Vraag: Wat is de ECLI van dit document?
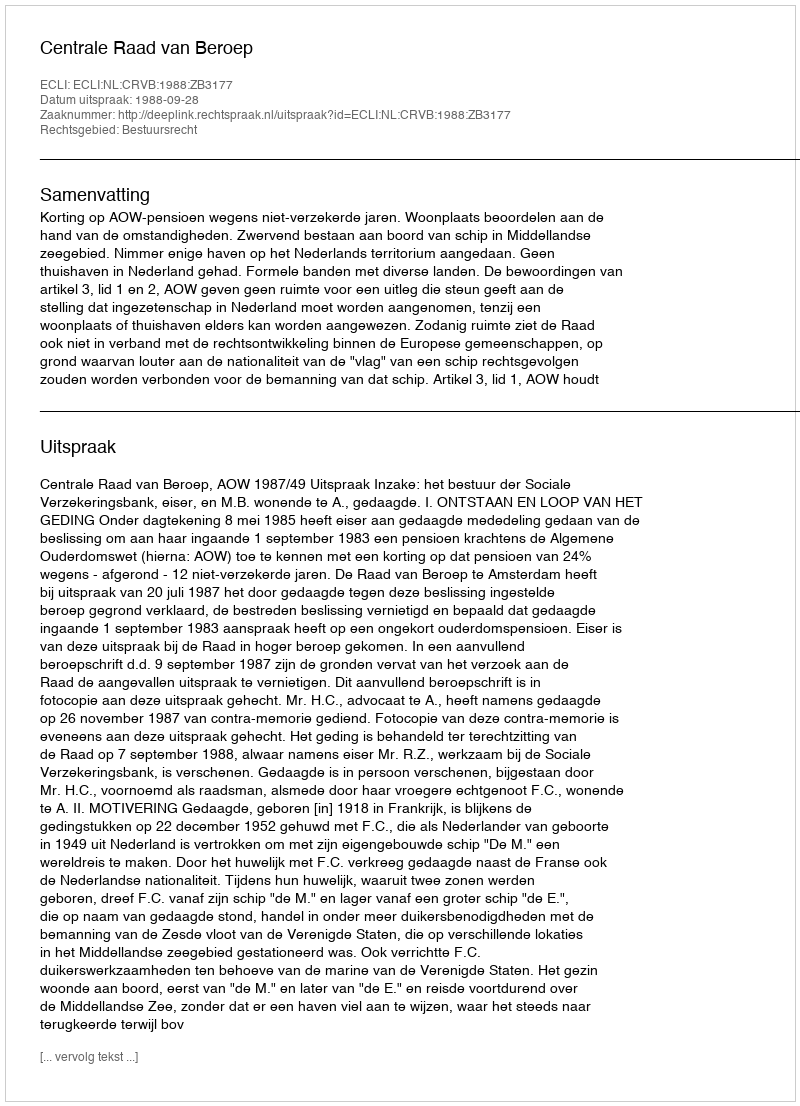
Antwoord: ECLI:NL:CRVB:1988:ZB3177